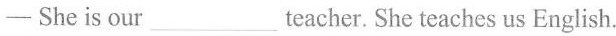
- She is our___teacher. She teaches us English.